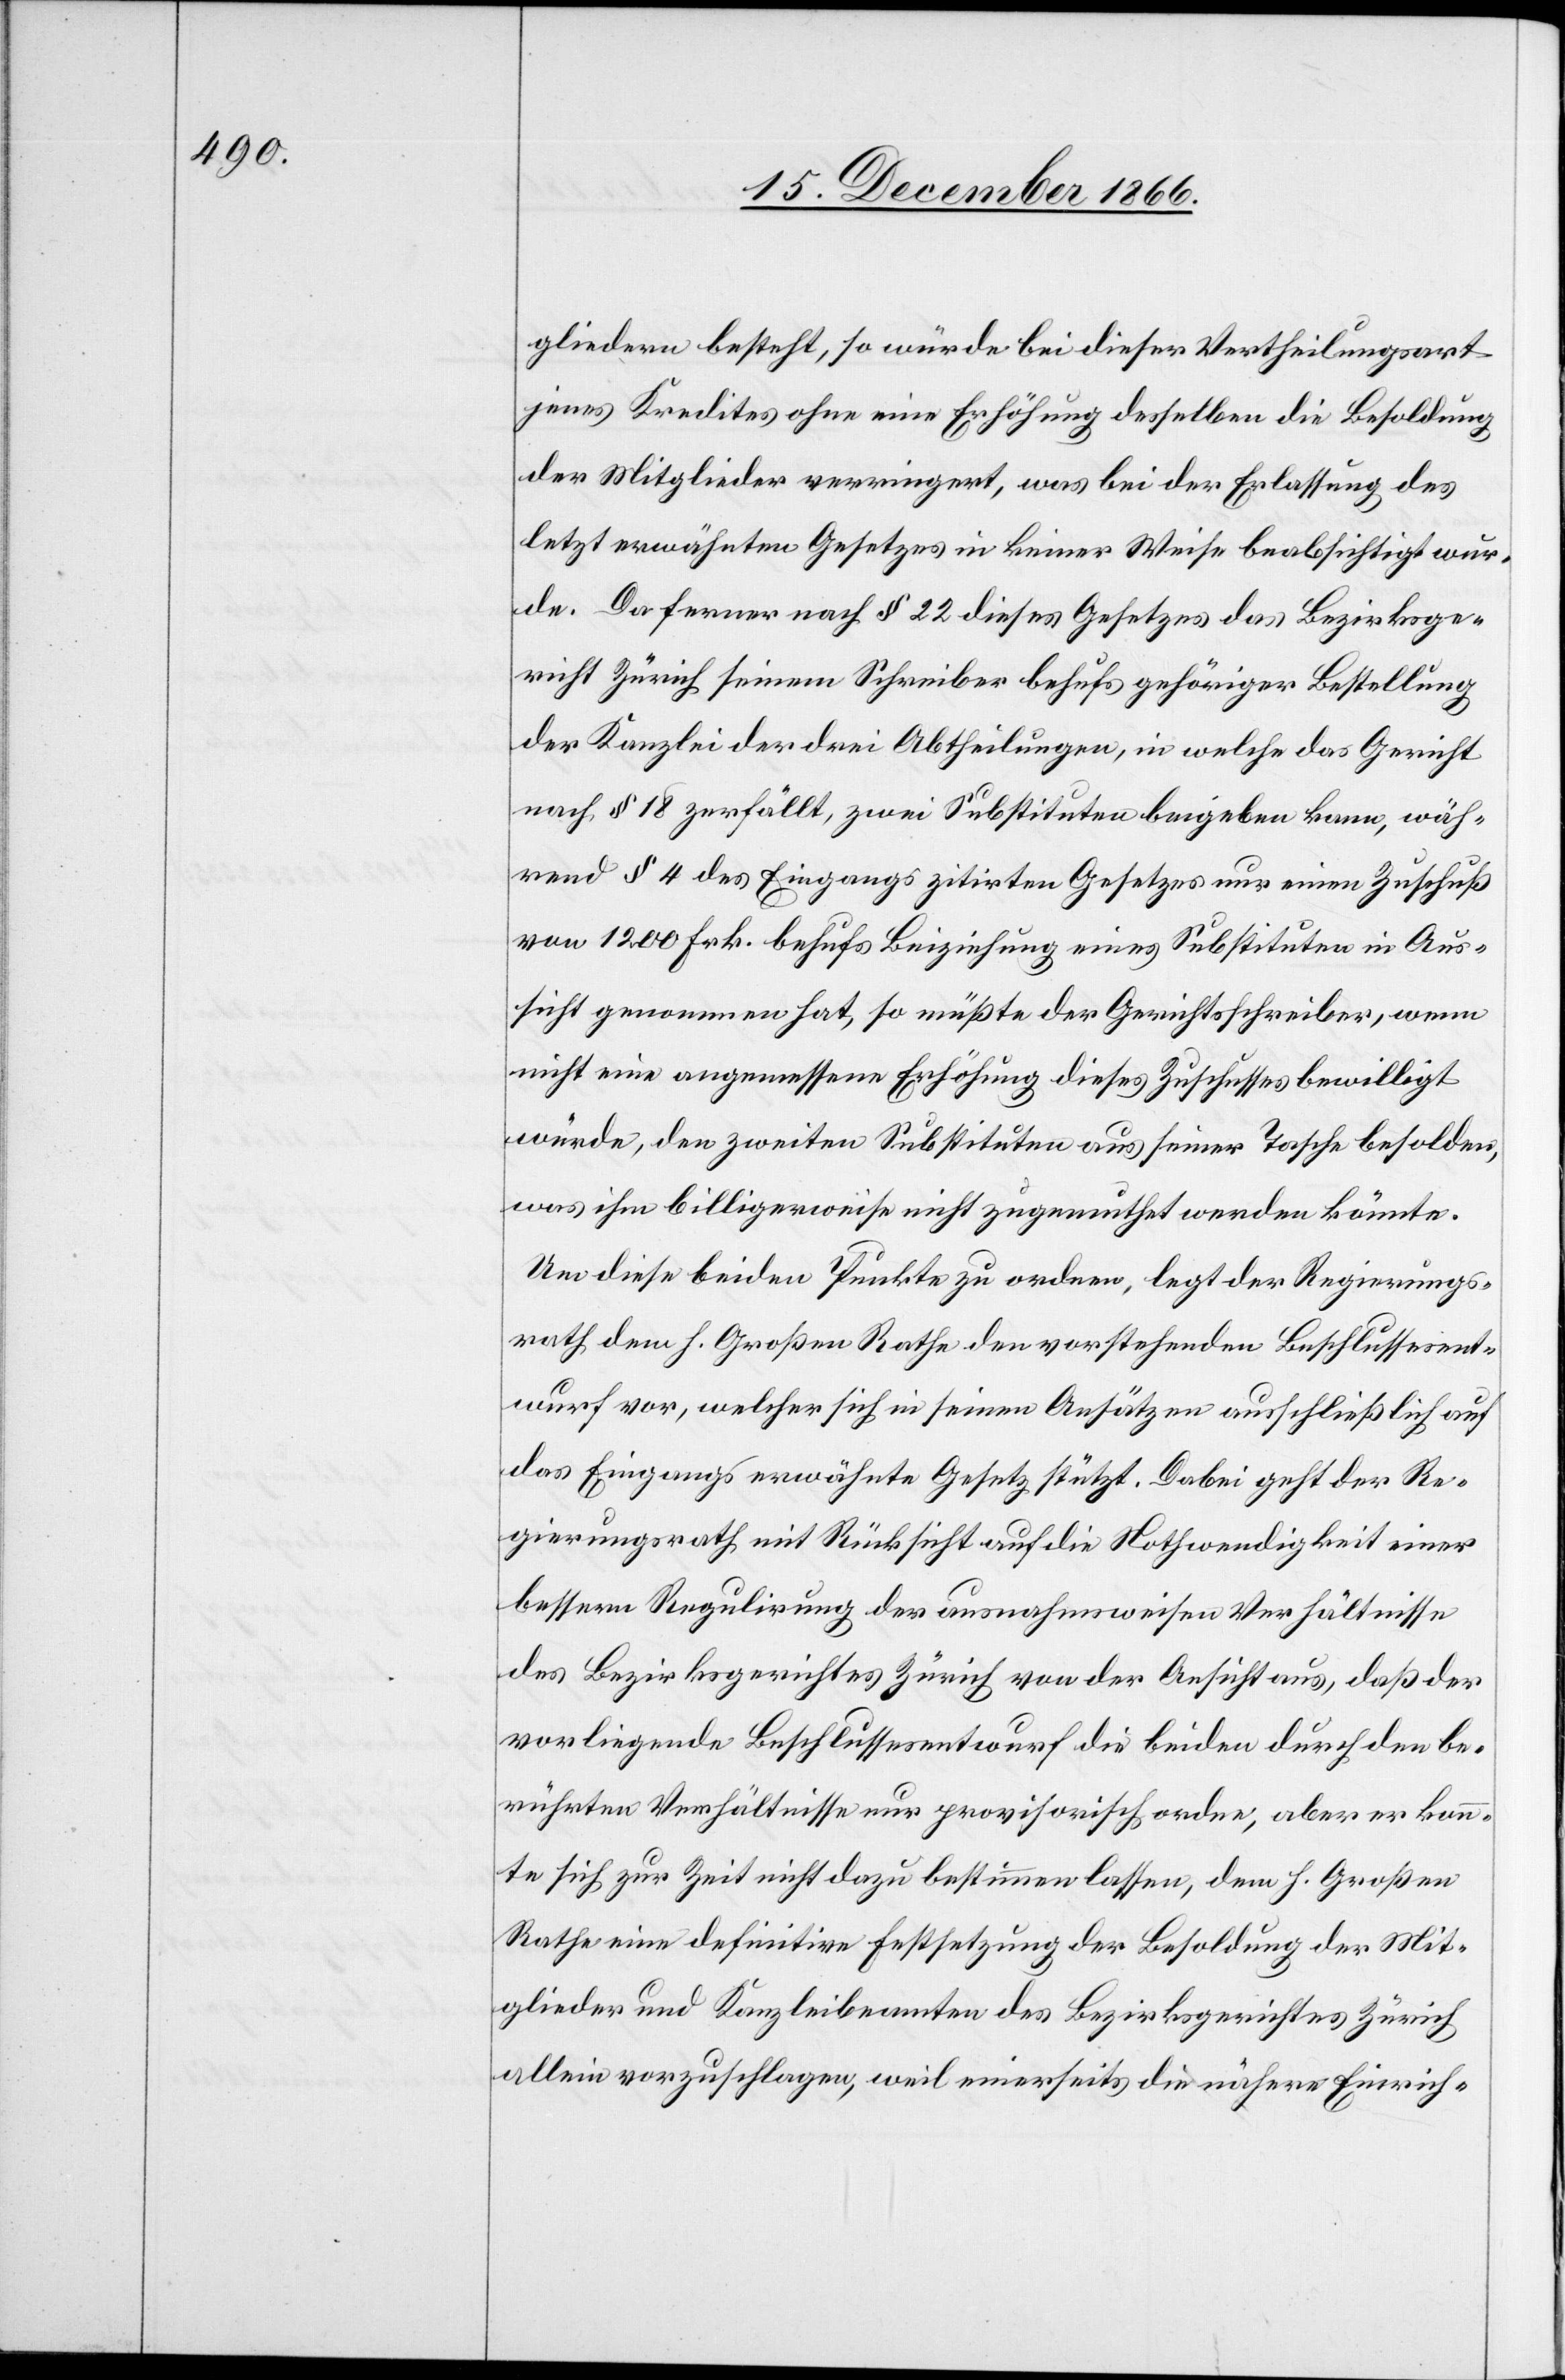
gliedern besteht, so würde bei dieser Vertheilungsart
jenes Kredites ohne eine Erhöhung desselben die Besoldung
der Mitglieder verringert, was bei der Erlassung des
letzt erwähnten Gesetzes in keiner Weise beabsichtigt wur¬
de. Da ferner nach § 22 dieses Gesetzes das Bezirksge¬
richt Zürich seinem Schreiber behufs gehöriger Bestellung
der Kanzlei der drei Abtheilungen, in welche das Gericht
nach § 18 zerfällt, zwei Substituten beigeben kann, wäh¬
rend § 4 des Eingangs zitirten Gesetzes nur einen Zuschuß
von 1200 Frk. behufs Beiziehung eines Substituten in Aus¬
sicht genommen hat, so müßte der Gerichtsschreiber, wenn
nicht eine angemessene Erhöhung dieses Zuschusses bewilligt
würde, den zweiten Substituten aus seiner Tasche besolden,
was ihm billigerweise nicht zugemuthet werden könnte.
Um diese beiden Punkte zu ordnen, legt der Regierungs¬
rath dem h. Großen Rathe den vorstehenden Beschlussesent¬
wurf vor, welcher sich in seinen Ansätzen ausschließlich auf
das Eingangs erwähnte Gesetz stützt. Dabei geht der Re¬
gierungsrath mit Rücksicht auf die Nothwendigkeit einer
bessern Regulirung der ausnahmsweisen Verhältnisse
des Bezirksgerichtes Zürich von der Ansicht aus, daß der
vorliegende Beschlussesentwurf die beiden durch den
berührten Verhältnisse nur provisorisch ordne, aber er konn¬
te sich zur Zeit nicht dazu bestimmen lassen, dem h. Großen
Rathe eine definitive Festsetzung der Besoldung der Mit¬
glieder und Kanzleibeamten des Bezirksgerichtes Zürich
allein vorzuschlagen, weil einerseits die nähere Einrich-